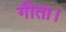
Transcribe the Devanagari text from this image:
गीता।